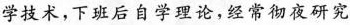
学技术，下班后自学理论，经常彻夜研究